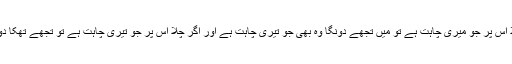
اے اِبن آدم ایک تیری چاہت ہے اور اِک میری چاہت ہے اگر تو چَلا اُس پر جو میری چاہت ہے تو میں تُجھے دُونگا وہ بھی جو تیری چاہت ہے اور اگر چَلا اُس پر جو تیری چاہت ہے تو تجھے تَھکا دونگا اُس میں جو تیری چاہت ہے پھر ہوگا وہی جو میری چاہت ہے۔